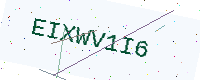
Text: EIXWV1I6